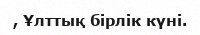
, Ұлттық бiрлiк күнi.